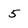
Character: 5